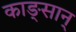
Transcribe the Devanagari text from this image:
काङ्सान्